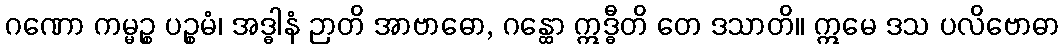
ဂဏော ကမ္မဉ္စ ပဉ္စမံ၊ အဒ္ဓါနံ ဉာတိ အာဗာဓော, ဂန္ထော ဣဒ္ဓီတိ တေ ဒသာတိ။ ဣမေ ဒသ ပလိဗောဓာ